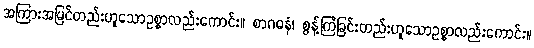
အကြားအမြင်တည်းဟူသောဥစ္စာလည်းကောင်း။ စာဂဓနံ၊ စွန့်ကြဲခြင်းတည်းဟူသောဥစ္စာလည်းကောင်း။